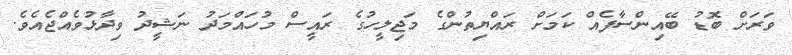
ވަރަށް ބޮޑު ބޭއިންސާފެއް ކަމަށް ރައްޔިތުންގެ މަޖިލީހުގެ ރައީސް މުހައްމަދު ނަޝީދު ވިދާޅުވެއްޖެއެވެ.